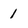
Character: 1